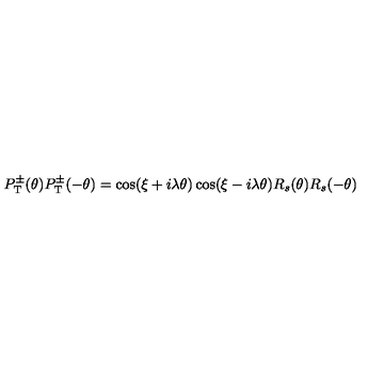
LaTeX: P _ { \mathrm { T } } ^ { \pm } ( \theta ) P _ { \mathrm { T } } ^ { \pm } ( - \theta ) = \cos ( \xi + i \lambda \theta ) \cos ( \xi - i \lambda \theta ) R _ { s } ( \theta ) R _ { s } ( - \theta )